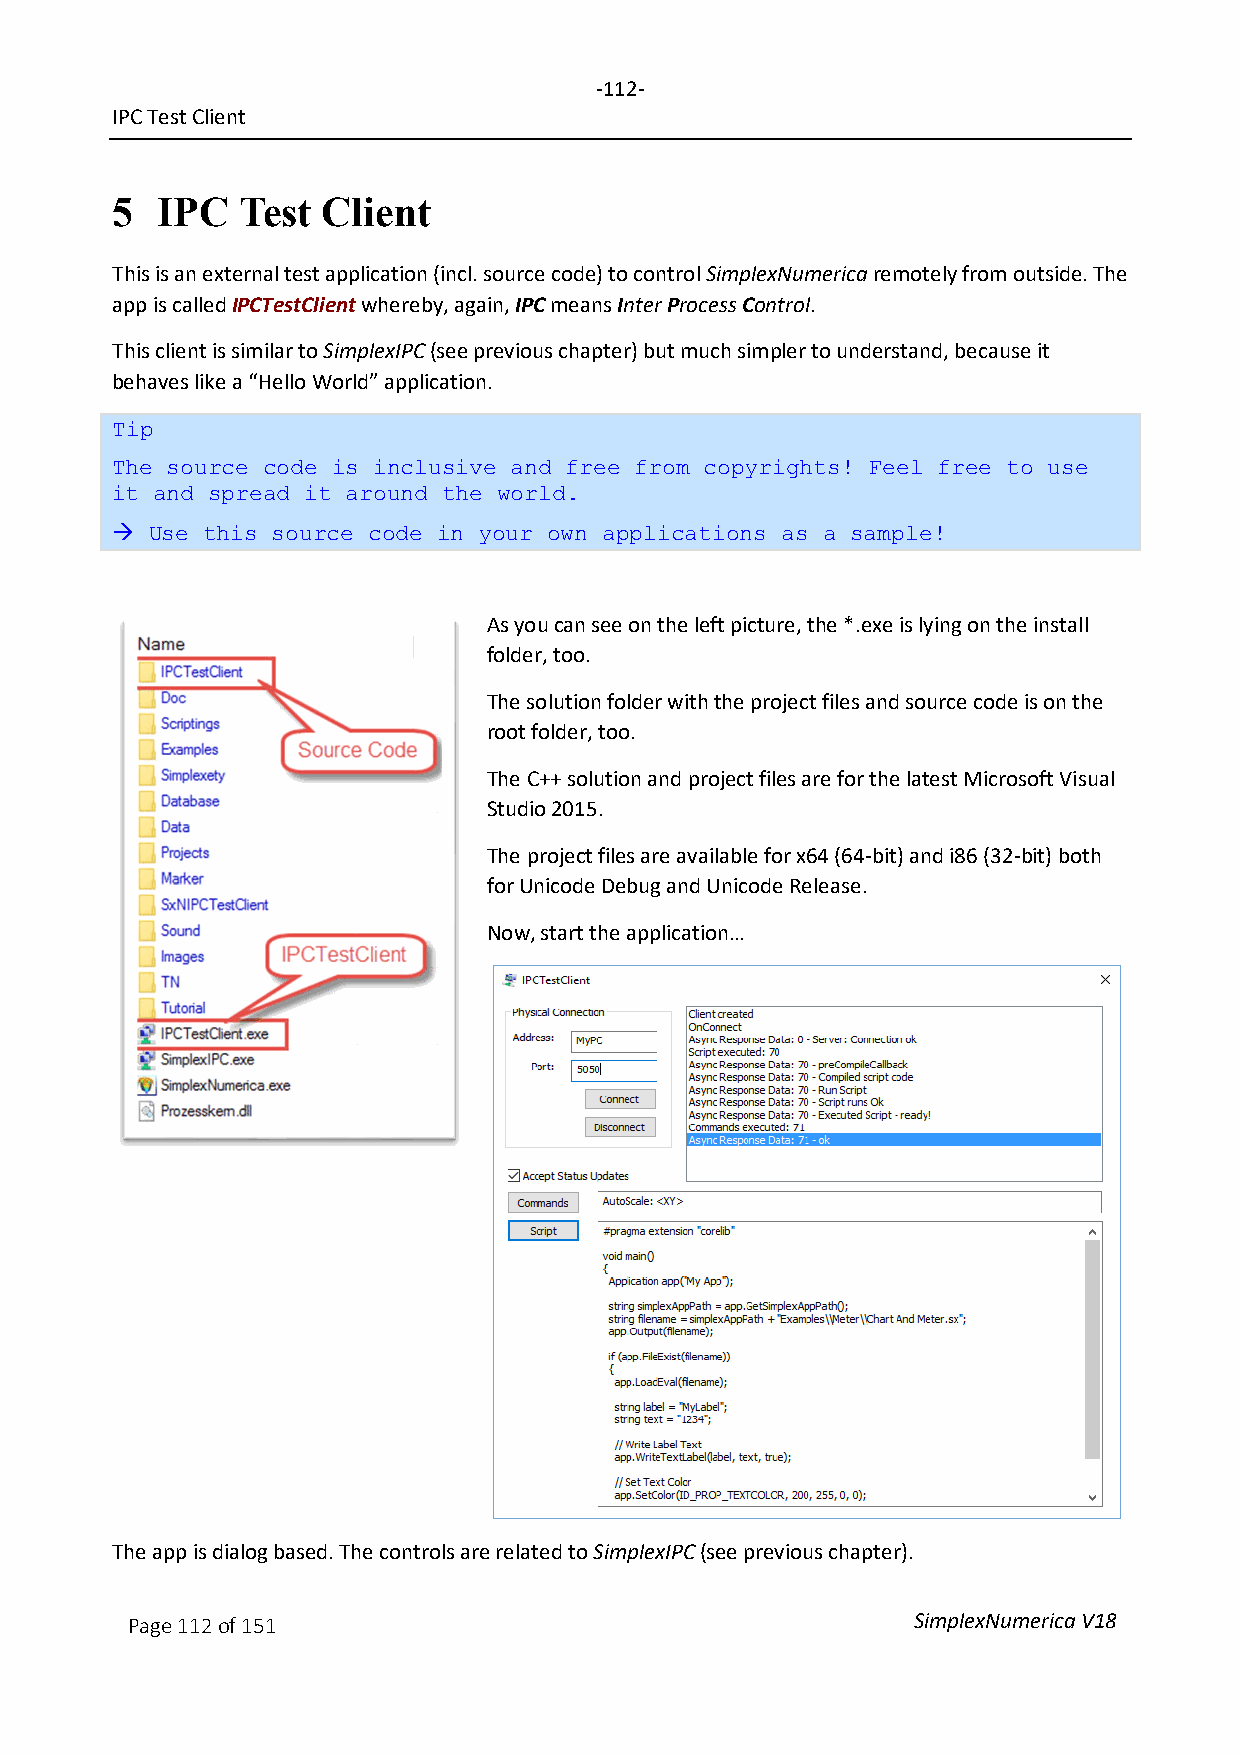
-112-
 IPC Test Client
 5  IPC   Test Client
 This is an external test application (incl. source code) to control SimplexNumerica remotely from outside. The
 app is called IPCTestClient whereby, again, IPC means Inter Process Control.
 This client is similar to SimplexIPC (see previous chapter) but much simpler to understand, because it
 behaves like a “Hello World” application.
 Tip
 The source code is inclusive and free from copyrights! Feel free to use
 it and spread it around the world.
 
 Use this source code in your own applications as a sample!
 As you can see on the left picture, the *.exe is lying on the install
 folder, too.
 The solution folder with the project files and source code is on the
 root folder, too.
 The C++ solution and project files are for the latest Microsoft Visual
 Studio 2015.
 The project files are available for x64 (64-bit) and i86 (32-bit) both
 for Unicode Debug and Unicode Release.
 Now, start the application…
 The app is dialog based. The controls are related to SimplexIPC (see previous chapter).
 Page 112 of 151                                     SimplexNumerica V18